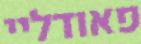
פאודליי